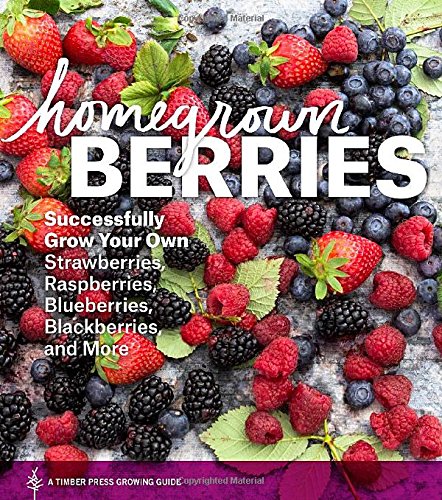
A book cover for Homegrown Berries: Successfully Grow Your Own Strawberries, Raspberries, Blueberries, Blackberries, and More (Timber Press Growing Guide); Timber Press; Crafts, Hobbies & Home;